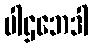
ပါဌဘေဒါ